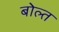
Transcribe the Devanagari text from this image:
बोल्त